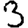
Digit: 3